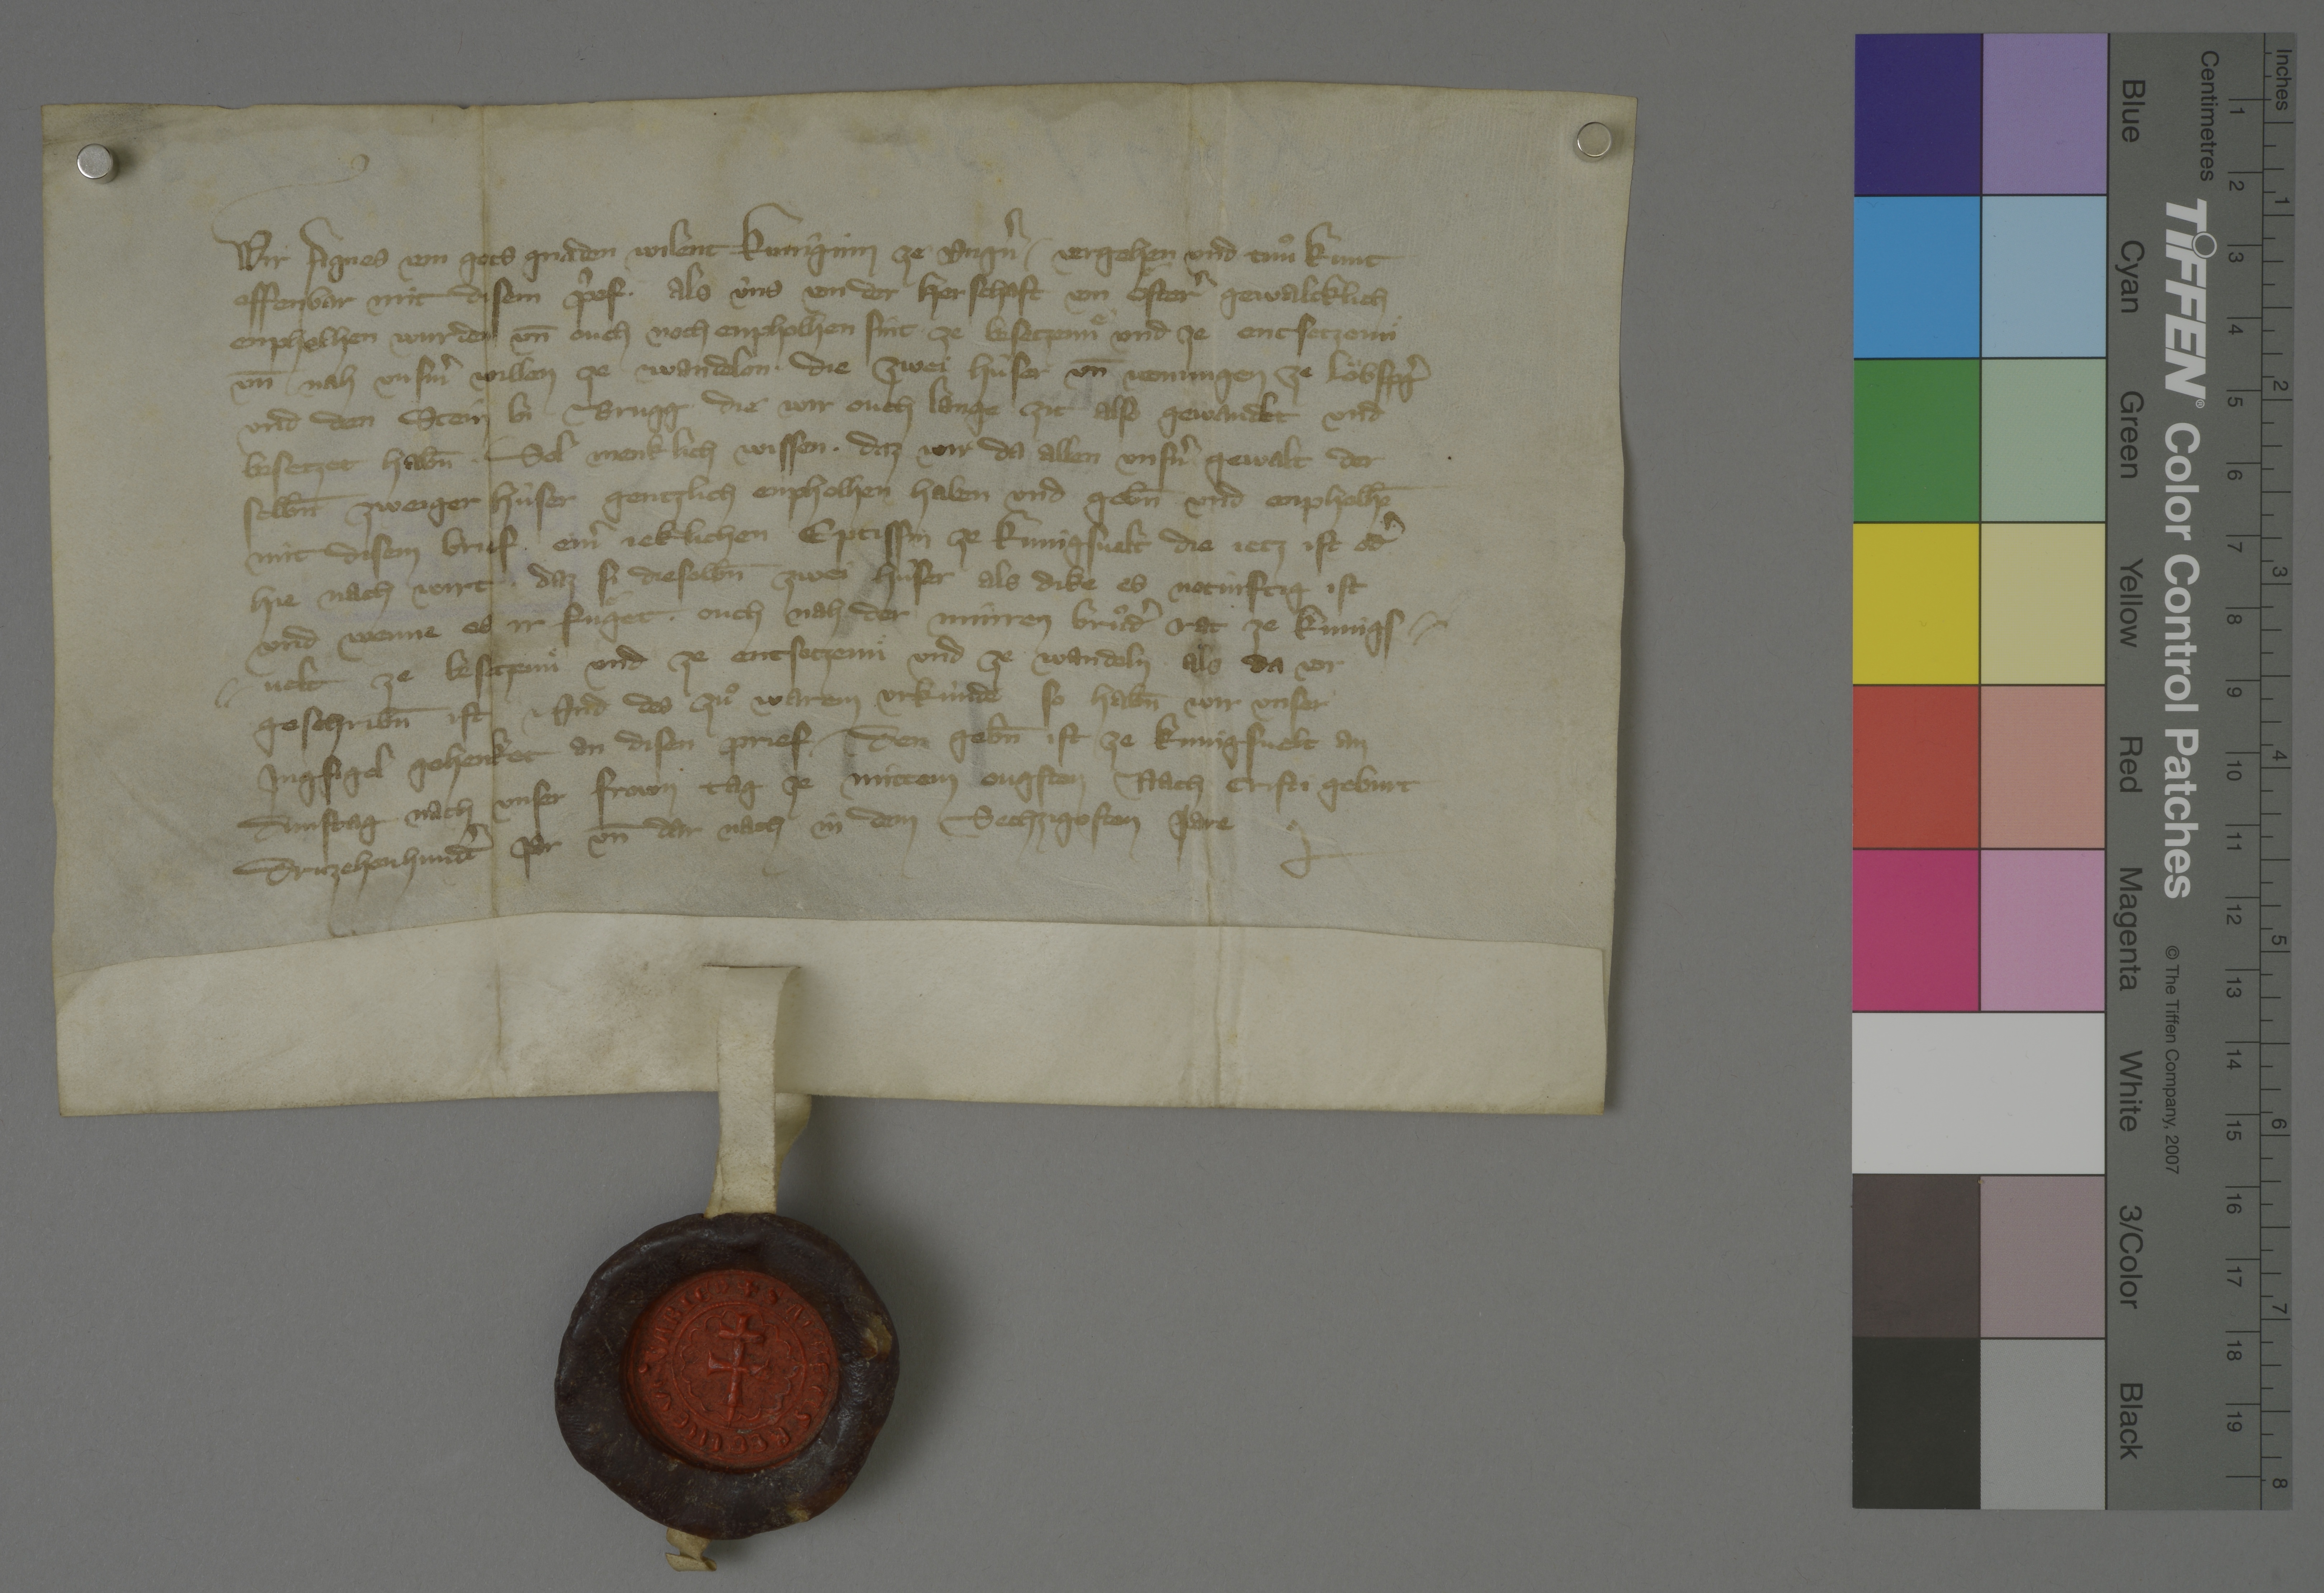
Transcription:
Wir, Agnes, von gots gnaden wilent kuniginn ze Ungˀn, ✳ vˀgehen und tuͦn kunt
offenbar mit disem pˀef, ✳ als ùns von der herschaft von Oͤsterˀ gewaltklich
enpholhen wurden un̄ ouch noch enpholhen sint ✳ ze besetzennͤ und ze entsetzennͤ
un̄ nah unsmˀ willen ze wandelon ✳ die zwei hûser un̄ wonungen ze Loͧbspgˀ
und dem Stein bi Brugg, die wir ouch lange zit also gewandlet und
besetzet hab̄n, ✳ sol menklich wissen, ✳ daz wir da allen unsnˀ gewalt der
selb̄n zweiger hûser gentzlich enpholhen haben und geb̄n und enphelhē
mit disem brief ✳ einˀ jeklichen eptissin ze Kûnigsvelt, die jetz ist odˀ
hie nach wirt, ✳ daz si dieselb̄n zwei hûser als dike es notùrftig ist
und wenne es ir fuͤget, ✳ ouch nah der Minren Bruͦdˀ rat ze Kùnigs¬
velt, ze besetzennͤ und ze entsetzennͤ und ze wandeln, ✳ als da vor
geschrib̄n ist. ✳ und des zuͦ warem urkùnde, so hab̄n wir unser
ingsigel gehenket an disen prief, ✳ der geb̄n ist ze Kùnigsvelt an
dinstag nach unser frown tag ze mittem ougsten, nach Cristi geburt
druzehenhundtˀ jar un̄ dar nach in den sechzigosten jare. ✳